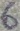
Text: 6